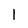
Character: l